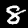
Digit: 8